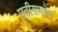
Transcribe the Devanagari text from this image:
पतीसमवेत